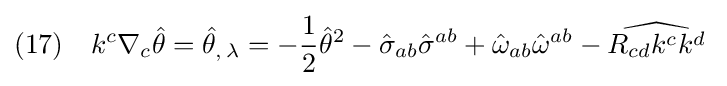
(17)\quad k^{c}\nabla _{c}{\hat {\theta }}={\hat {\theta }}_{,\,\lambda }=-{\frac {1}{2}}{\hat {\theta }}^{2}-{\hat {\sigma }}_{ab}{\hat {\sigma }}^{ab}+{\hat {\omega }}_{ab}{\hat {\omega }}^{ab}-{\widehat {R_{cd}k^{c}k^{d}}}\;